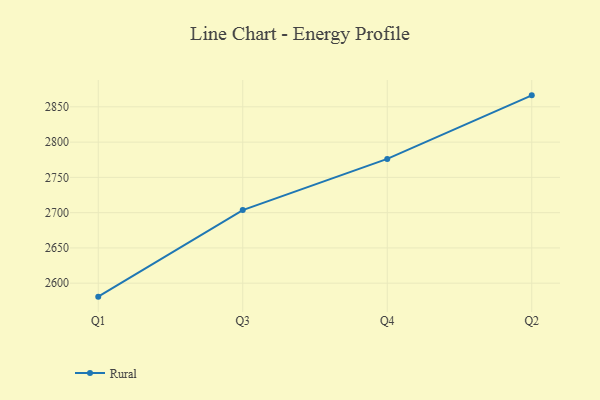
{"axis": {"x": "Quarter", "y": "Budget (USD K)"}, "legend": ["Rural"], "data": [{"x": "Q1", "y": 2580.9, "type": "Rural"}, {"x": "Q3", "y": 2703.6, "type": "Rural"}, {"x": "Q4", "y": 2776.2, "type": "Rural"}, {"x": "Q2", "y": 2866.3, "type": "Rural"}]}